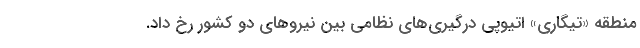
منطقه «تیگاری» اتیوپی درگیری‌های نظامی بین نیروهای دو کشور رخ داد.